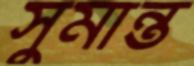
সুমান্ত